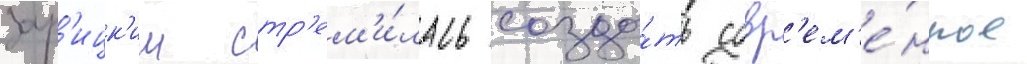
зар'ицк'им стр'ем'и́лась созда́ть совр'ем'е́нное